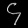
Digit: ၄